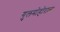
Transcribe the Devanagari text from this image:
गुलमोहोराला